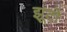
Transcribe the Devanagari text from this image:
झूटो